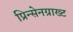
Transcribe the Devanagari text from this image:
प्रिन्सेनग्राख्ट